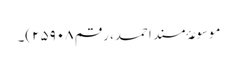
موسوعۂ مسند احمد، رقم ۲۵۹۰۸)۔